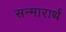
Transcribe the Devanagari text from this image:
सन्मारार्थ